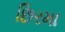
છિરમા